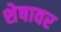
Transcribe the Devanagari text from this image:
शेषावर